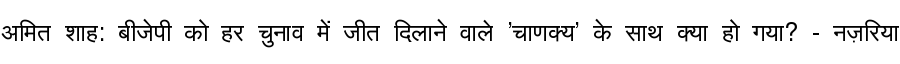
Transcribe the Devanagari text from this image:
अमित शाह: बीजेपी को हर चुनाव में जीत दिलाने वाले 'चाणक्य' के साथ क्या हो गया? - नज़रिया